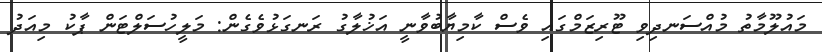
މައުލޫމާތު މުއްސަނދިވި ޓޫރިޒަމްގައި ވެސް ކާމިޔާބުވާނީ އަޚުލާގު ރަނގަޅުވެގެން: މަލީހުސަލްޓަން ޕާކު މިއަދު